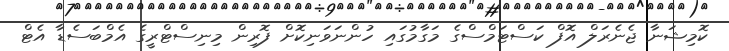
ކޮމިޝަނާ ޖެނެރަލް އޮފް ކަސްޓަމްސްގެ މަގާމުގައި ހުންނަވަނިކޮށް ފޮރިން މިނިސްޓްރީގެ އެމްބަސެޑާ އެޓް